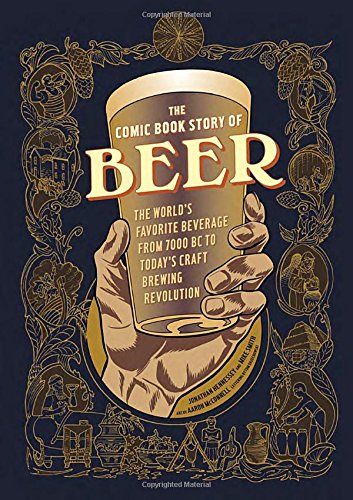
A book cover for The Comic Book Story of Beer: The World's Favorite Beverage from 7000 BC to Today's Craft Brewing Revolution; Jonathan Hennessey; Comics & Graphic Novels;